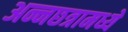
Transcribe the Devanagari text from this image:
अन्नछत्रामध्ये